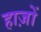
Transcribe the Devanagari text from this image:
हाज़ों